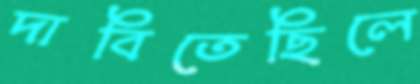
দাবিতেছিলে